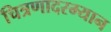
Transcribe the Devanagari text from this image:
चित्रणादरम्यान